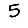
Digit: 5